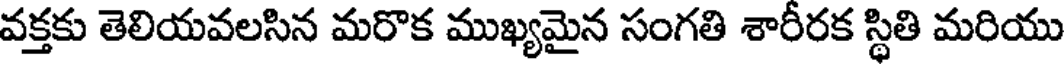
వక్తకు తెలియవలసిన మరొక ముఖ్యమైన సంగతి శారీరక స్థితి మరియు